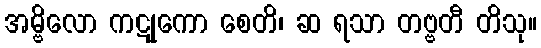
အမ္ဗိလော ကဋုကော စေတိ၊ ဆ ရသာ တဗ္ဗတီ တိသု။